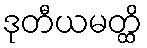
ဒုတီယမတ္ထိ